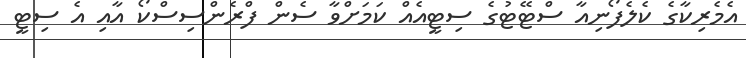
އެމެރިކާގެ ކެލެފޯނިއާ ސްޓޭޓުގެ ސިޓީއެއް ކަމަށްވާ ސެން ފްރެންސިސްކޯ އާއި އެ ސިޓީ